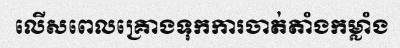
លើសពេលគ្រោងទុកការចាត់តាំងកម្លាំង